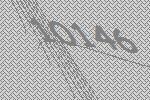
10146